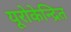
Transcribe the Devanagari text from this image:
यूरोकेन्द्रित